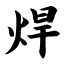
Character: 焊